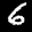
Label: 6